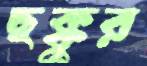
ছক্কুর